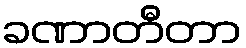
ခဏာတီတာ